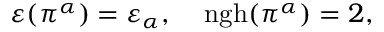
\varepsilon ( \pi ^ { \alpha } ) = \varepsilon _ { \alpha } , \; \; \; \; \mathrm { n g h } ( \pi ^ { \alpha } ) = 2 ,